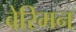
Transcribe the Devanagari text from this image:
बेरिमन